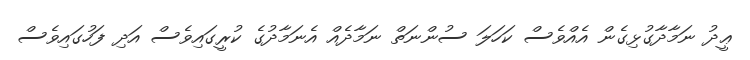
ޢީދު ނަމާދާގުޅިގެން އެއްވެސް ކަހަލަ ސުންނަތް ނަމާދެއް އެނަމާދުގެ ކުރީގައިވެސް އަދި ފަހުގައިވެސް